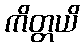
ကိတ္တယိ